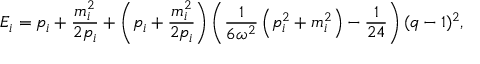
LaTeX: E _ { i } = p _ { i } + \frac { m _ { i } ^ { 2 } } { 2 p _ { i } } + \left( p _ { i } + \frac { m _ { i } ^ { 2 } } { 2 p _ { i } } \right) \left( \frac { 1 } { 6 \omega ^ { 2 } } \left( p _ { i } ^ { 2 } + m _ { i } ^ { 2 } \right) - \frac { 1 } { 2 4 } \right) ( q - 1 ) ^ { 2 } ,